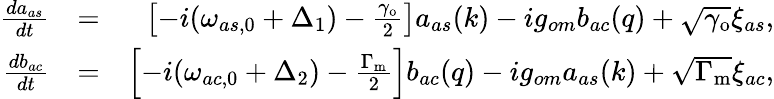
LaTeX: \begin{array}{rlr}{\frac{da_{as}}{dt}}&{=}&{\left[-i(\omega_{as,0}+\Delta_{1})-\frac{\gamma_{\mathrm{o}}}{2}\right]a_{as}(k)-ig_{om}b_{ac}(q)+\sqrt{\gamma_{\mathrm{o}}}\xi_{as},}\\ {\frac{db_{ac}}{dt}}&{=}&{\left[-i(\omega_{ac,0}+\Delta_{2})-\frac{\Gamma_{\mathrm{m}}}{2}\right]b_{ac}(q)-ig_{om}a_{as}(k)+\sqrt{\Gamma_{\mathrm{m}}}\xi_{ac},}\end{array}